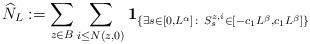
LaTeX: \begin{align*}\widehat{N}_L := \sum_{z \in B} \sum_{i \le N(z,0)} \mathbf{1}_{\{ \exists s \in [0,L^\alpha] \colon\, S^{z,i}_s \in [-c_1 L^\beta, c_1 L^{\beta}]\} }\end{align*}